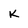
Character: k